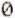
0